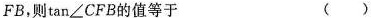
FB，则\tan∠CFB的值等于()